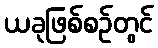
ယခုဖြစ်စဉ်တွင်